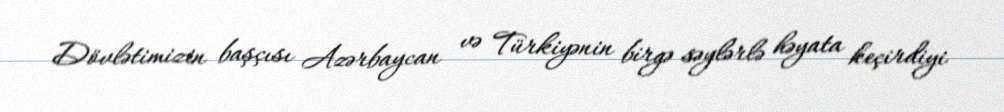
Dövlətimizin başçısı Azərbaycan və Türkiyənin birgə səylərlə həyata keçirdiyi